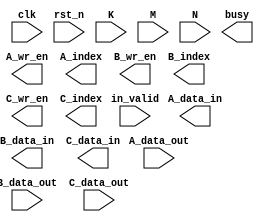

module TPU(
    clk,
    rst_n,

    in_valid,
    K,
    M,
    N,
    busy,

    A_wr_en,
    A_index,
    A_data_in,
    A_data_out,

    B_wr_en,
    B_index,
    B_data_in,
    B_data_out,

    C_wr_en,
    C_index,
    C_data_in,
    C_data_out
);


input clk;
input rst_n;
input            in_valid;
input [7:0]      K;
input [7:0]      M;
input [7:0]      N;
output  reg      busy;

output           A_wr_en;
output [15:0]    A_index;
output [31:0]    A_data_in;
input  [31:0]    A_data_out;

output           B_wr_en;
output [15:0]    B_index;
output [31:0]    B_data_in;
input  [31:0]    B_data_out;

output           C_wr_en;
output [15:0]    C_index;
output [127:0]   C_data_in;
input  [127:0]   C_data_out;



//* Implement your design here


endmodule